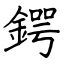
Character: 鍔